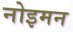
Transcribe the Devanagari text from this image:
नोइमन